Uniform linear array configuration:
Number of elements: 48
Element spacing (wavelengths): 1
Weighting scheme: hann
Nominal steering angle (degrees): -60
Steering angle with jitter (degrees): -58.032
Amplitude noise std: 0.05
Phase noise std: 0.05

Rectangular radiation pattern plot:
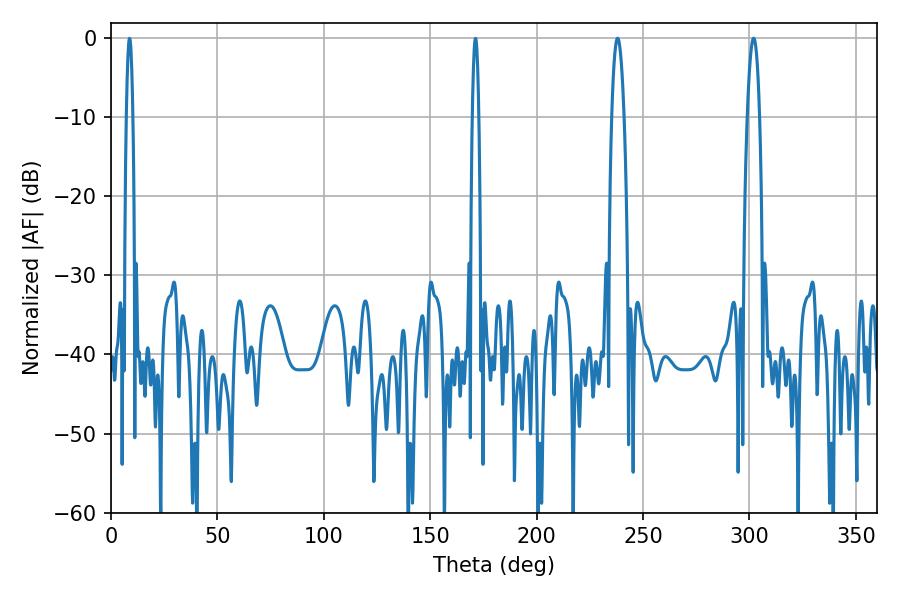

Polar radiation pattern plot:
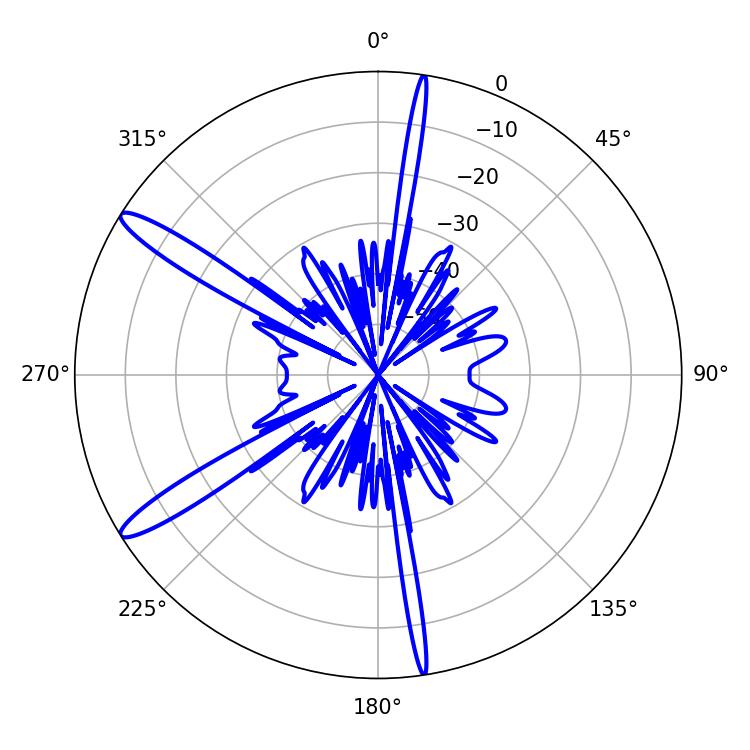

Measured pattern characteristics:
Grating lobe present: TRUE
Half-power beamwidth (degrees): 3.06
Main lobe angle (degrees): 237.96